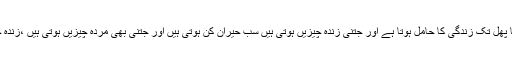
یوں تو بارش میں گوبھی کا پھل تک زندگی کا حامل ہوتا ہے اور جتنی زندہ چیزیں ہوتی ہیں سب حیران کن ہوتی ہیں اور جتنی بھی مردہ چیزیں ہوتی ہیں ،زندہ چیزوں کا ضمیمہ ہوتی ہیں۔